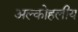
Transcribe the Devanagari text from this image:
अल्कोहलीय